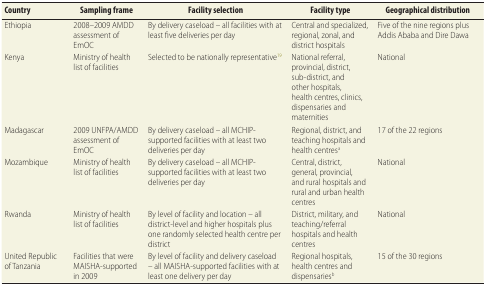
| Country | Sampling frame | Facility selection | Facility type | Geographical distribution |
 | --- | --- | --- | --- | --- |
 | Ethiopia | 2008–2009 AMDD assessment of EmOC | By delivery caseload – all facilities with at least five deliveries per day | Central and specialized, regional, zonal, and district hospitals | Five of the nine regions plus Addis Ababa and Dire Dawa |
 | Kenya | Ministry of health list of facilities | Selected to be nationally representative19 | National referral, provincial, district, sub-district, and other hospitals, health centres, clinics, dispensaries and maternities | National |
 | Madagascar | 2009 UNFPA/AMDD assessment of EmOC | By delivery caseload – all MCHIP-supported facilities with at least two deliveries per day | Regional, district, and teaching hospitals and health centresa | 17 of the 22 regions |
 | Mozambique | Ministry of health list of facilities | By delivery caseload – all MCHIP-supported facilities with at least two deliveries per day | Central, district, general, provincial, and rural hospitals and rural and urban health centres | National |
 | Rwanda | Ministry of health list of facilities | By level of facility and location – all district-level and higher hospitals plus one randomly selected health centre per district | District, military, and teaching/referral hospitals and health centres | National |
 | United Republic of Tanzania | Facilities that were MAISHA-supported in 2009 | By level of facility and delivery caseload – all MAISHA-supported facilities with at least one delivery per day | Regional hospitals, health centres and dispensariesb | 15 of the 30 regions |